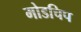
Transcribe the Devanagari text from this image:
मोडचिप